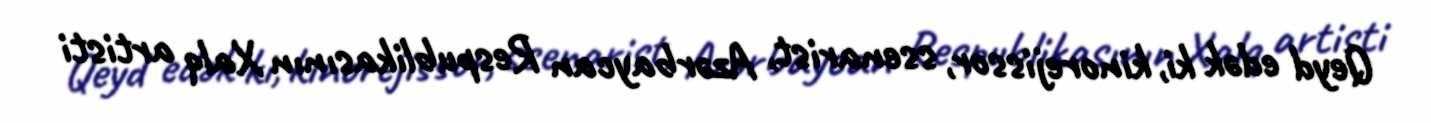
Qeyd edək ki, kinorejissor, ssenarist, Azərbaycan Respublikasının Xalq artisti